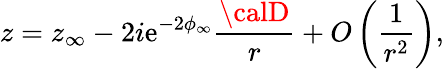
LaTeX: z=z_{\infty}-2i\mathrm{e}^{-2\phi_{\infty}}\frac{{{\calD}}}{{r}}+O\left(\frac{{1}}{{r^{2}}}\right),